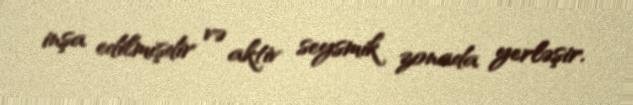
inşa edilmişdir və aktiv seysmik zonada yerləşir.